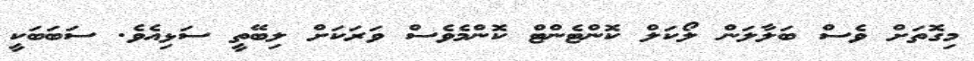
މިގޮތަށް ވެސް ބަލާލަން ލޯކަލް ކޮންޓެންޓް ކޮންމެވެސް ވަރަކަށް ލިބޭތީ ސަޅިއެވެ. ސަބަބަކީ